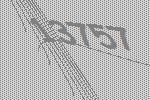
13757